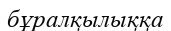
бұралқылыққа